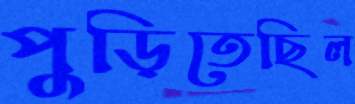
পুড়িতেছিল